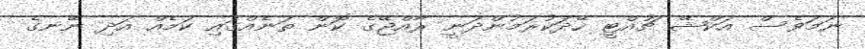
ނަމަވެސް އަކްޝޭ ޗުއްޓީ ހޭދަކުރަމުންދަނީ ރާއްޖޭގެ ކޮން ތަނެއްގައި ކަމެއް އަދި ނޭނގެ